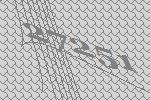
27251